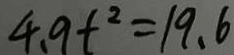
4 . 9 t ^ { 2 } = 1 9 . 6